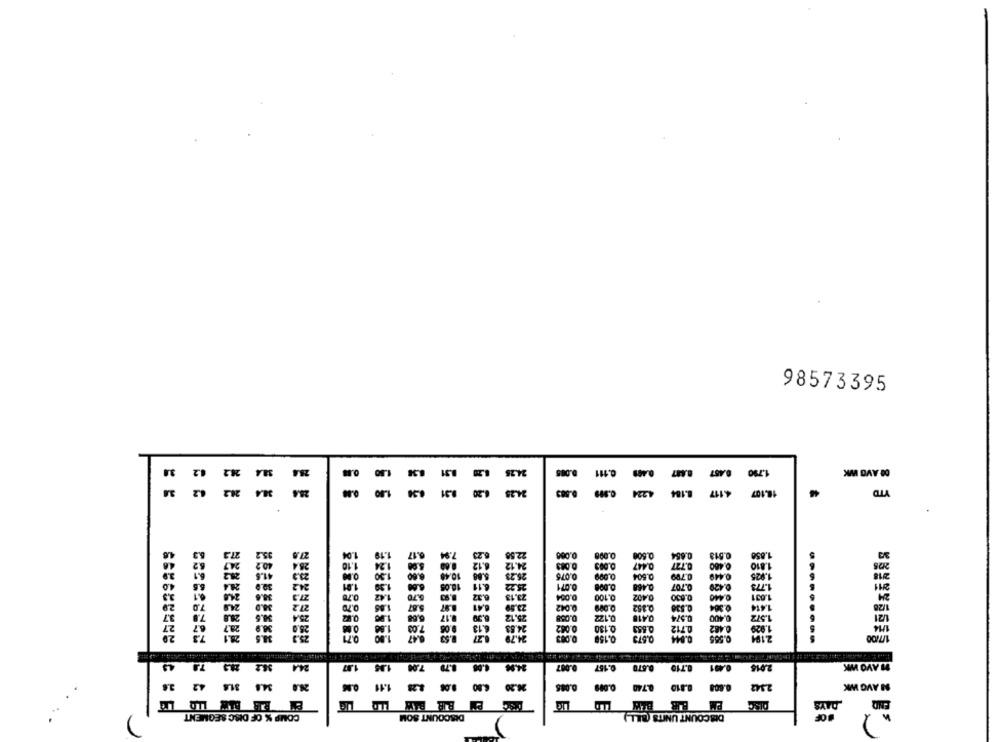
98573395
3435
2
.111
0.457
1.790
00 AVO WK
384
28.2
1.00
8.31
.20
4.234
4.117 8.184
18.107
YTD
0.913
Les
0,47
0.721
1.410
0,00
2/18
0.604
0.799
449
1.921
707
24
0.100
0,402
1,031
1/28
,122
121
1.820
1/7100
EEEEEEEEE
28.3
36.2
24.4
0.157
0.570
4.710
.401
2015
MAYO WK
3.6
2342
MAVG WK
42
31.6
34.8
28.4
2.28 1.11
6.80
38.20
0.085
0.099
0.7.40
0.810
0.608
PM
COMP % OF DISC SEGMENT
DISCOUNT SOM
DISCOUNT UNITS (BILL)